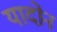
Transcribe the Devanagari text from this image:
यादोन